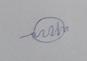
Signature authenticity: forged